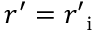
r ^ { \prime } = r _ { \mathrm { ~ i ~ } } ^ { \prime }